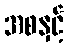
အစနှင့်